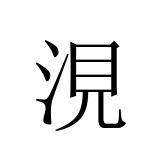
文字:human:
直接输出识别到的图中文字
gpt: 涀